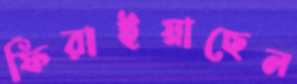
ফিরাইয়াছেন